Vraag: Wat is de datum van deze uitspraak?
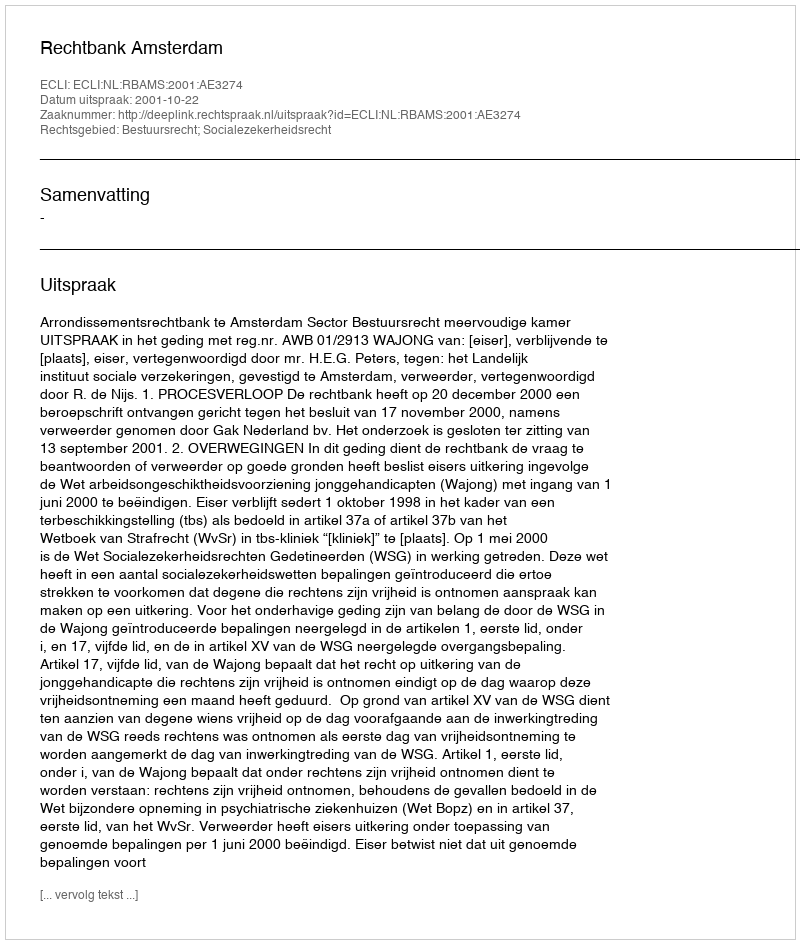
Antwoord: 2001-10-22